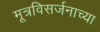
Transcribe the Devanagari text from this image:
मूत्रविसर्जनाच्या